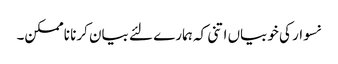
نسوار کی خوبیاں اتنی کہ ہمارے لئے بیان کرنا ناممکن۔